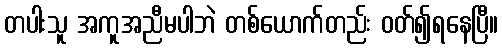
တပါးသူ အကူအညီမပါဘဲ တစ်ယောက်တည်း ဝတ်၍ရနေပြီ။